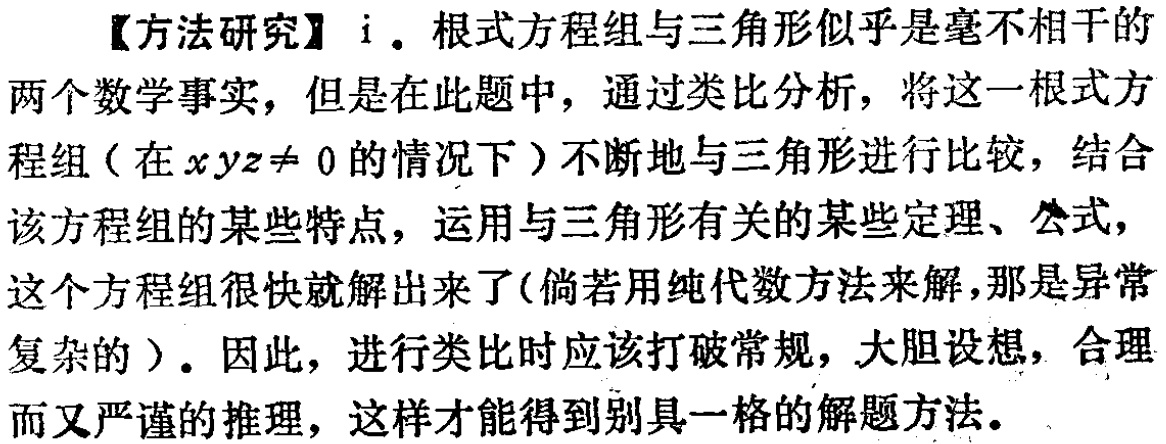
【方法研究】i. 根式方程组与三角形似乎是毫不相干的两个数学事实，但是在此题中，通过类比分析，将这一根式方程组（在 \(xyz\neq 0\) 的情况下）不断地与三角形进行比较，结合该方程组的某些特点，运用与三角形有关的某些定理、公式，这个方程组很快就解出来了(倘若用纯代数方法来解，那是异常复杂的）。因此，进行类比时应该打破常规，大胆设想，合理而又严谨的推理，这样才能得到别具一格的解题方法。